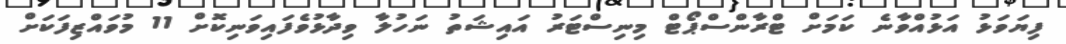
ފިޔަވަޅު އަޅުއްވާނެ ކަމަށް ޓްރާންސްޕޯޓް މިނިސްޓަރު އައިޝަތު ނަހުލާ ވިދާޅުވެފައިވަނިކޮށް 11 މުވައްޒިފަކަށް